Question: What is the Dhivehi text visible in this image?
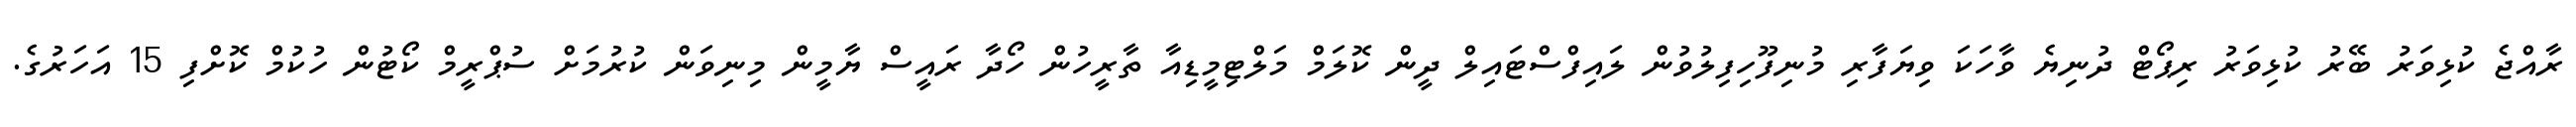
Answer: ރާއްޖެ ކުޅިވަރު ބޭރު ކުޅިވަރު ރިޕޯޓް ދުނިޔެ ވާހަކަ ވިޔަފާރި މުނިފޫހިފިލުވުން ލައިފްސްޓައިލް ދީން ކޮލަމް މަލްޓިމީޑިއާ ތާރީހުން ހޯދާ ރައީސް ޔާމީން މިނިވަން ކުރުމަށް ސުޕްރީމް ކޯޓުން ހުކުމް ކޮށްފި 15 އަހަރުގެ.